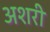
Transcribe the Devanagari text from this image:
अशरी